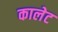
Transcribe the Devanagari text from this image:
कालेट